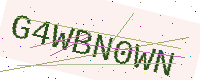
Text: G4WBN0WN